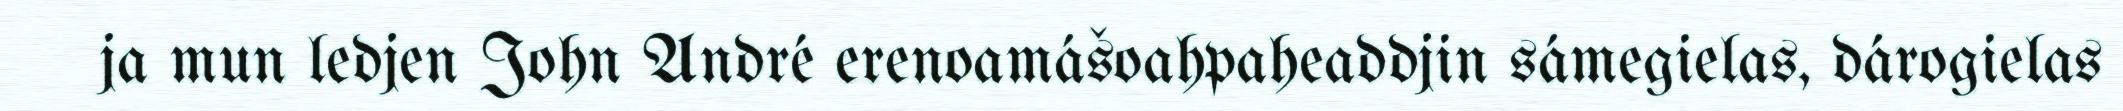
ja mun ledjen John André erenoamášoahpaheaddjin sámegielas, dárogielas